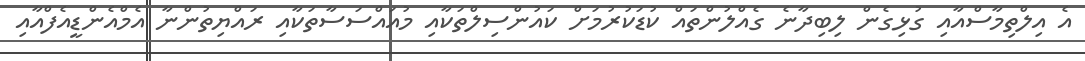
އެ އިލްތިމާސްއާއި ގުޅިގެން ލިބިދާނެ ގެއްލުންތައް ކުޑަކުރުމަށް ކައުންސިލްތަކާއި މުއައްސަސާތަކާއި ރައްޔިތުންނާ އެމްއެންޑީއެފްއާއި